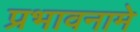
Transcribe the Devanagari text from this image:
प्रभावनामे